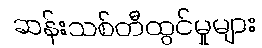
ဆန်းသစ်တီထွင်မှုများ